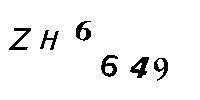
ZH6649